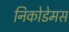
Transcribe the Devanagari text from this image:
निकोडेमस